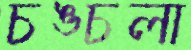
চঙ্চলা